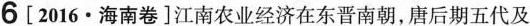
6[2016•海南卷]江南农业经济在东晋南朝，唐后期五代及